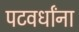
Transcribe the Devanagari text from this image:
पटवर्धांना